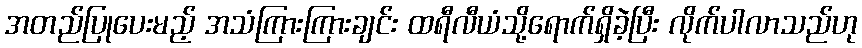
အတည်ပြုပေးမည့် အသံကြားကြားချင်း ထရီလီယံသို့ရောက်ရှိခဲ့ပြီး လိုက်ပါလာသည်ဟု